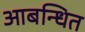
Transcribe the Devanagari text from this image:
आबन्धित